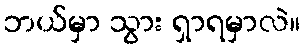
ဘယ်မှာ သွား ရှာရမှာလဲ။